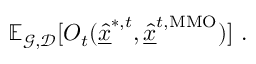
\mathbb { E } _ { \mathcal { G } , \mathcal { D } } [ O _ { t } ( \underline { { \hat { x } } } ^ { * , t } , \underline { { \hat { x } } } ^ { t , \mathrm { M M O } } ) ] \ .